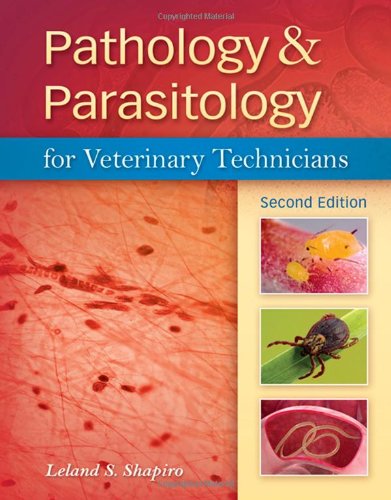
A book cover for Pathology & Parasitology for Veterinary Technicians (Veterinary Technology); Leland S. Shapiro; Medical Books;